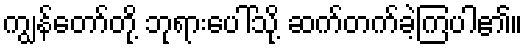
ကျွန်တော်တို့ ဘုရားပေါ်သို့ ဆက်တက်ခဲ့ကြပါ၏။